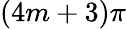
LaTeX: (4m+3)\pi